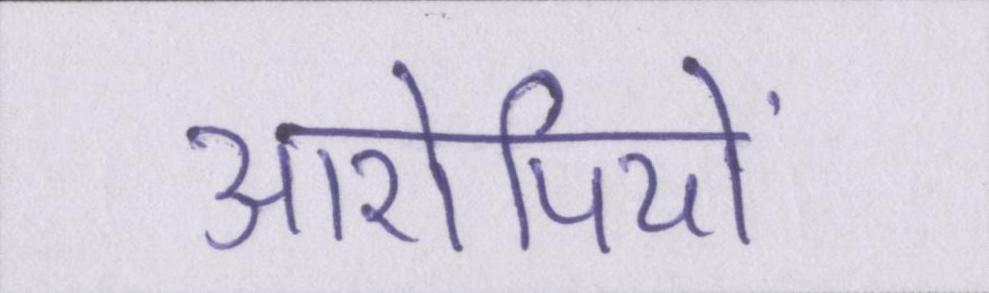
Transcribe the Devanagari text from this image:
आरोपियों